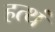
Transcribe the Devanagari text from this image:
हत्थं